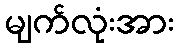
မျက်လုံးအား